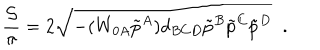
LaTeX: { \frac { \cal S } { \pi } } = 2 \sqrt { - ( W _ { 0 A } \tilde { p } ^ { A } ) d _ { B C D } \tilde { p } ^ { B } \tilde { p } ^ { C } \tilde { p } ^ { D } } \; \; .